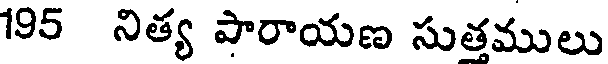
195 నిత్య పారాయణ సుతములు